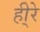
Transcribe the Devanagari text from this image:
ही्रे